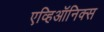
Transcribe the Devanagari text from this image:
एव्हिऑनिक्स